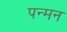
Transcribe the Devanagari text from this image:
पन्मन